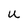
Character: u